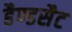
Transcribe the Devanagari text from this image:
हैण्डसैट